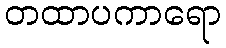
တထာပကာရော